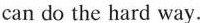
can do the hard way.